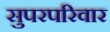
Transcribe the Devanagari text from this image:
सुपरपरिवार